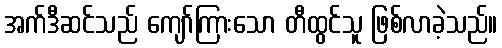
အက်ဒီဆင်သည် ကျော်ကြားသော တီထွင်သူ ဖြစ်လာခဲ့သည်။